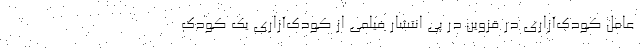
عامل کودک‌آزاریِ در قزوین در پی انتشار فیلمی از کودک‌آزاری یک کودک